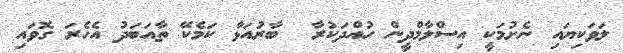
ލަވަކިޔައި ނެށުމަކީ އިސްލާމްދީން ހުއްދަކުރާ  ބާރުއަޅާ ކަމެކޭ ތާއަބަދު އެހެރަ ގޮވައި